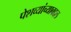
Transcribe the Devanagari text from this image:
पेशव्यांच्याबद्दल